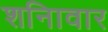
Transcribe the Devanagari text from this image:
शनिावार